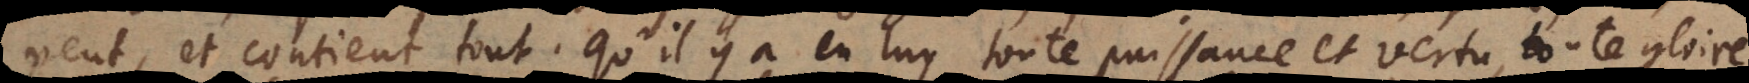
peut, et contient tout; qu’il y a en luy toute puissance et vertu, toute gloire